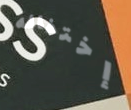
إختفائه